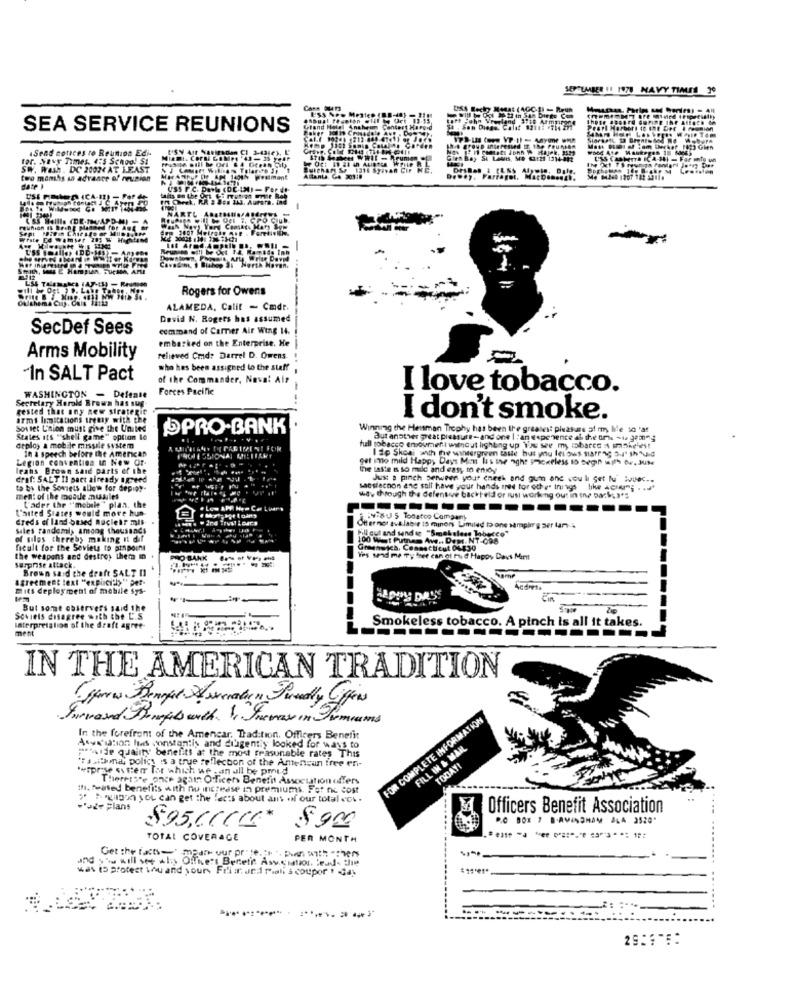
Can
USA Bechy Rasat (4GC-3) - Reun
att john Vreeland 3718 Armpirone
SEA SERVICE REUNIONS
Centert Ha Ford
"Farl Harbert to the Det I reunión
.Send notices to Reunion Edi-
Mast Fuel of Tom Decker 1123 Gien
for. Novy Times. 4is Schoo! SI
Glen Bay Si Lewis, Mo 63:21 1314-812
LES CASHETTA ICA-301 - Far unTo w
SW, Wash. DC 20024 AT LEAST
&J LAot Will.a Tolaren J
two months in advance of reunion
Attanta. G. 209 :.
date I
In Caret, RR # 861 143. Aurora. Ind
NARTL ABARD
PO QUb.
reunion I& Bring Manmed for Auf Gr
North Haven.
Rogers for Owens
MA CIU
ALAMEDA, Calit - Cmdr.
Devid N. Rogers has assumed
SecDef Sees
command of Camer Air Wing 14.
embarked on the Enterprise. He
Arms Mobility
relieved Cmd: Darrel D. Owens
who hes been assigned to the staff
"In SALT Pact
of the Commander, Naval Air
Forces Pacific
I love tobacco.
Secretary Herold Brown has sug-
WASHINGTON - Defense
rested that any new strategic
armi limitations treny with che
I don't smoke.
Souset L'nion must give the United
SPRO-BANK
Winning the Heisman Trophy has been the greatest pleasure of mm, le 10 'a!
States its "shell game" option le
But another great pleasure-and one | : an espe vente al the ore -to gem"g
deploy a mobile missile system
In & speech before the American
tull tobacco emoument without lighting up You see my 5bares it inid'est
I sp Skoal with the watergreen taste but you fei ows starring Su" shud
Legion convention In New Of-
Get ino mild Happy Days Men Is the oghe Fickeless 10 begin with or, JUM
leans Brown said parts of the
the laste s so mic and easy m ency
draf: SALT II pact already agreed
Just a pinch Serween your eneek and guen and wou li Set Nu :vuec.
to by the Soviets allow for depigt.
sacslacnon ane sull have your hands med for other Ings like Acser";
ment of the module musiles
way through the defensive backheld or ius working out in the backsa's
L'aited States would move hun
Lader the "mobile" plan. the
. Low APF Hem Ce Liars
--------
Creds of land based nuclear mis
-BU 5 Todatoo Company
Siles randomis among thousands
Offer not sullabie 15 minors Limited tone sampling ser tan-
ill cut and sand se "Smokeless Tobesco"
of giles thereby making it dif
100 Wist Putnam Awe .. Demr. NT-098
frealt for the Soviets to pinpoint
Greenwich, Connecticut 04430
the weapons and destroy them in
PRO BANK
Tes send me Ty free can ot Paid Happy Days Mint
Surprise attack.
Brown said the draft SALT II
agreement text "ex pirci') " pet-
mits deployment of mobile sys-
But sont observers said the
Soviets disagree with the L'.S
Smokeless tobacco. A pinch is all it takes.
Interpretation of the draft agree-
ment
IN THE AMERICAN TRADITION
Juevesed Benefits with. I. Joewas in Premiums
FOR COMPLETE INFORMATION
In the forefront of the Amencar, Tradition. Officers Benefit
Acaiation has constantis and diugently looked for ways to
FILL IN & WAR
m'aide quality' benefits at the most reasonable rates This
Tasitomat policy is a true reflection of the Amtensun free eri-
TODAY!
*wiprise sitter for which we - an all be pmid
Thereis'e once again Officers Benefit Association offers
th. teised benefits with nu increase in premiums. Fat no cost
> >agigan you can get the facts about ant of our total oh .
."Je plans
Officers Benefit Association
P.O BOX " BAVINSHAM ALA 2520"
$95,600€*
$ 900
TOTAL COVERAGE
PER MONTH
Get the facts == "
and you will see wlos Office:t Bertefr Asy.ciation. lead- 2ie
was 15 protest you and your Friir. and rioli & coupor ! Gdy